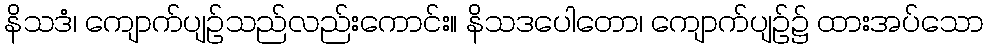
နိသဒံ၊ ကျောက်ပျဉ်သည်လည်းကောင်း။ နိသဒပေါတော၊ ကျောက်ပျဉ်၌ ထားအပ်သော